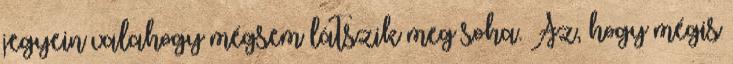
jegyein valahogy mégsem látszik meg soha. Az, hogy mégis